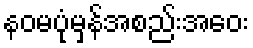
နဝမပုံမှန်အစည်းအဝေး